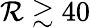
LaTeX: \mathcal{R}\gtrsim40